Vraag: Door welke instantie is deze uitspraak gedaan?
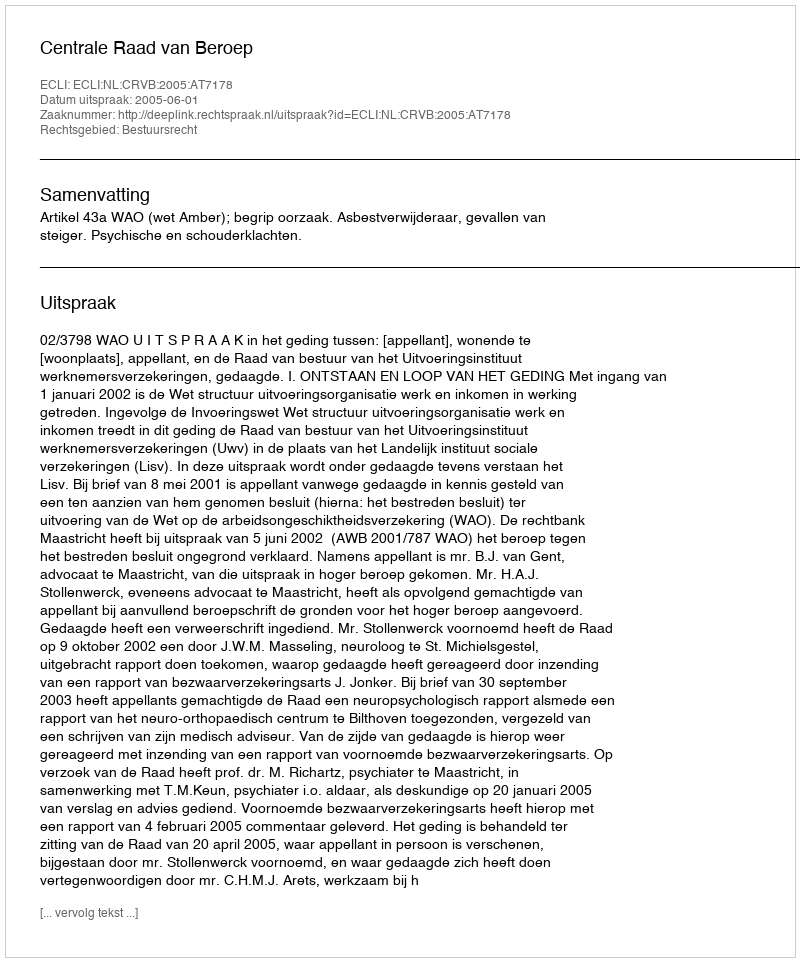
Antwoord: Centrale Raad van Beroep